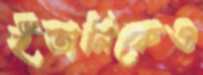
ইতালিকেও